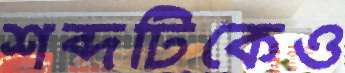
শব্দটিকেও